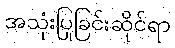
အသုံးပြုခြင်းဆိုင်ရာ